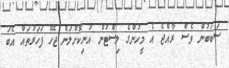
ސަބަބުން ވެސް ރާއްޖެ އެ މީހުންގެ ލިސްޓުން އުނިކޮށްލަަން ޖެހޭ ފަހަރުތައް އެބަ